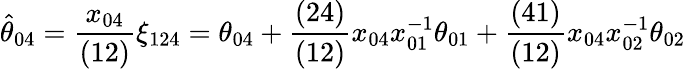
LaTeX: \hat{\theta}_{04}={\frac{x_{04}}{(12)}}\xi_{124}=\theta_{04}+{\frac{(24)}{(12)}}x_{04}x_{01}^{-1}\theta_{01}+{\frac{(41)}{(12)}}x_{04}x_{02}^{-1}\theta_{02}